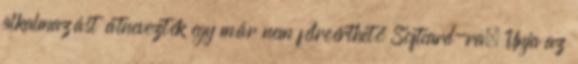
alkalmazást átnevezték egy már nem félreérthető Softcard-ra. Unja az